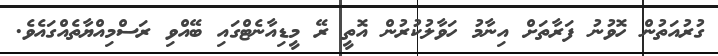
ގުރުއަތުން ހޮވުނު ފަރާތަށް އިނާމު ހަވާލުކުރުން އޮތީ ރޭ މީޑިއާނެޓްގައި ބޭއްވި ރަސްމިއްޔާތެއްގައެވެ.